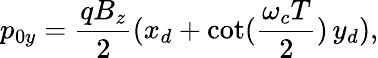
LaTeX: p_{0y}=\frac{qB_{z}}{2}(x_{d}+\cot(\frac{\omega_{c}T}{2})\, y_{d}),